Annual statistical returns and brief notes on vaccination in Bengal - 1909-1929
Year: 1909
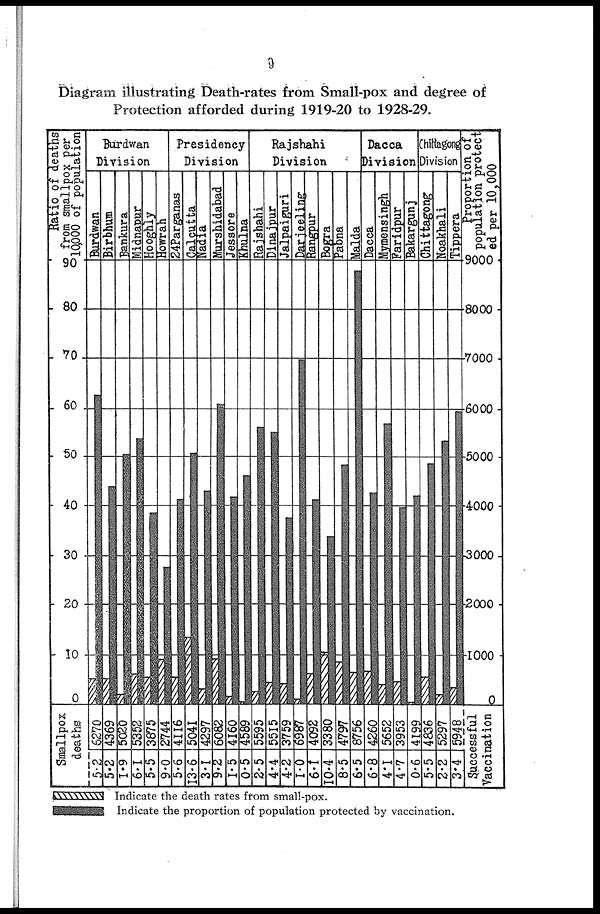
9
Diagram illustrating Death-rates from Small-pox and degree of
Protection afforded during 1919-20 to 1928-29.